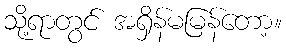
သို့ရာတွင် အရှိန်မမြန်တော့။